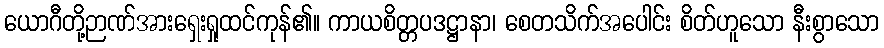
ယောဂီတို့ဉာဏ်အားရှေးရှုထင်ကုန်၏။ ကာယစိတ္တပဒဋ္ဌာနာ၊ စေတသိက်အပေါင်း စိတ်ဟူသော နီးစွာသော